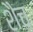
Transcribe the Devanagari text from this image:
शैच